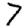
Digit: 7